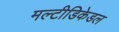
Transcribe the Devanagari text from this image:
मल्टीडिकेडल